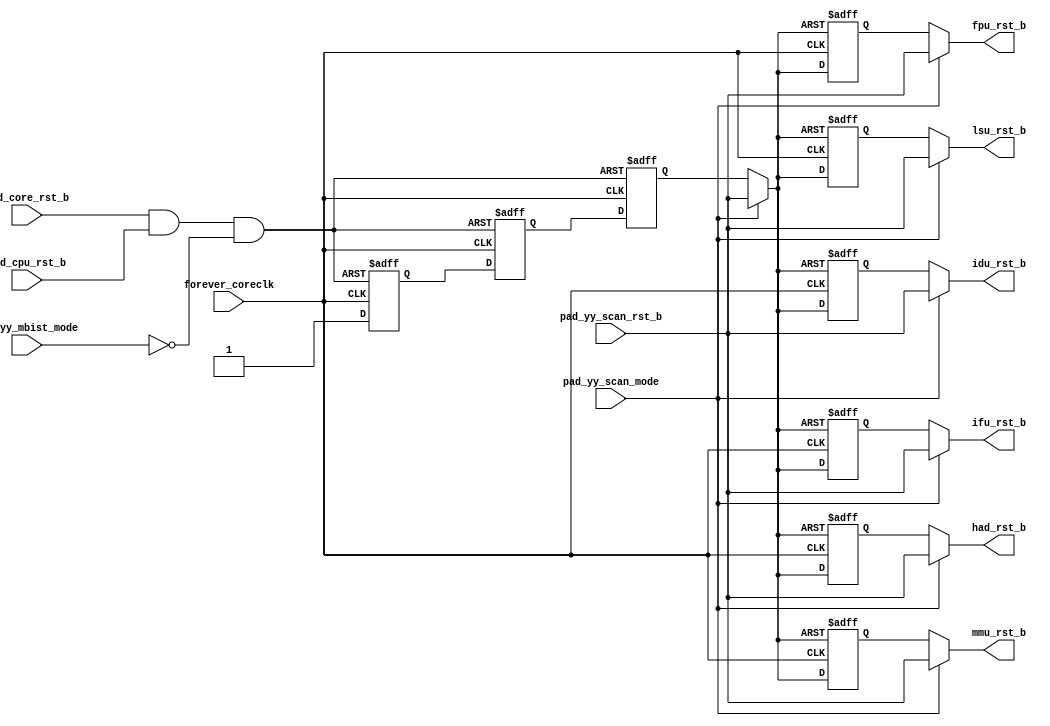
/*Copyright 2019-2021 T-Head Semiconductor Co., Ltd.

Licensed under the Apache License, Version 2.0 (the "License");
you may not use this file except in compliance with the License.
You may obtain a copy of the License at

    http://www.apache.org/licenses/LICENSE-2.0

Unless required by applicable law or agreed to in writing, software
distributed under the License is distributed on an "AS IS" BASIS,
WITHOUT WARRANTIES OR CONDITIONS OF ANY KIND, either express or implied.
See the License for the specific language governing permissions and
limitations under the License.
*/

// &ModuleBeg; @22
module ct_rst_top(
  forever_coreclk,
  fpu_rst_b,
  had_rst_b,
  idu_rst_b,
  ifu_rst_b,
  lsu_rst_b,
  mmu_rst_b,
  pad_core_rst_b,
  pad_cpu_rst_b,
  pad_yy_mbist_mode,
  pad_yy_scan_mode,
  pad_yy_scan_rst_b
);

// &Ports; @23
input        forever_coreclk;  
input        pad_core_rst_b;   
input        pad_cpu_rst_b;    
input        pad_yy_mbist_mode; 
input        pad_yy_scan_mode; 
input        pad_yy_scan_rst_b; 
output       fpu_rst_b;        
output       had_rst_b;        
output       idu_rst_b;        
output       ifu_rst_b;        
output       lsu_rst_b;        
output       mmu_rst_b;        

// &Regs; @24
reg          core_rst_ff_1st;  
reg          core_rst_ff_2nd;  
reg          core_rst_ff_3rd;  
reg          fpurst_b;         
reg          hadrst_b;         
reg          idurst_b;         
reg          ifurst_b;         
reg          lsurst_b;         
reg          mmurst_b;         

// &Wires; @25
wire         async_corerst_b;  
wire         corerst_b;        
wire         forever_coreclk;  
wire         fpu_rst_b;        
wire         had_rst_b;        
wire         idu_rst_b;        
wire         ifu_rst_b;        
wire         lsu_rst_b;        
wire         mmu_rst_b;        
wire         pad_core_rst_b;   
wire         pad_cpu_rst_b;    
wire         pad_yy_mbist_mode; 
wire         pad_yy_scan_mode; 
wire         pad_yy_scan_rst_b; 


//==============================================================================
//cpu reset
//==============================================================================
assign async_corerst_b = pad_core_rst_b & pad_cpu_rst_b & !pad_yy_mbist_mode;

always @(posedge forever_coreclk or negedge async_corerst_b)
begin
  if(!async_corerst_b)
  begin
    core_rst_ff_1st <= 1'b0;
    core_rst_ff_2nd <= 1'b0;
    core_rst_ff_3rd <= 1'b0;
  end
  else
  begin
    core_rst_ff_1st <= 1'b1;
    core_rst_ff_2nd <= core_rst_ff_1st;
    core_rst_ff_3rd <= core_rst_ff_2nd;
  end
end

assign corerst_b =  pad_yy_scan_mode ? pad_yy_scan_rst_b : core_rst_ff_3rd;

always @(posedge forever_coreclk or negedge corerst_b)
begin
  if (!corerst_b)
    ifurst_b <= 1'b0;
  else 
    ifurst_b <= corerst_b;
end

assign ifu_rst_b = pad_yy_scan_mode ? pad_yy_scan_rst_b : ifurst_b;

always @(posedge forever_coreclk or negedge corerst_b)
begin
  if (!corerst_b)
    idurst_b <= 1'b0;
  else 
    idurst_b <= corerst_b;
end

assign idu_rst_b = pad_yy_scan_mode ? pad_yy_scan_rst_b : idurst_b;

always @(posedge forever_coreclk or negedge corerst_b)
begin
  if (!corerst_b)
    lsurst_b <= 1'b0;
  else 
    lsurst_b <= corerst_b;
end

assign lsu_rst_b = pad_yy_scan_mode ? pad_yy_scan_rst_b : lsurst_b;

always @(posedge forever_coreclk or negedge corerst_b)
begin
  if (!corerst_b)
    fpurst_b <= 1'b0;
  else 
    fpurst_b <= corerst_b;
end

assign fpu_rst_b = pad_yy_scan_mode ? pad_yy_scan_rst_b : fpurst_b;

always @(posedge forever_coreclk or negedge corerst_b)
begin
  if (!corerst_b)
    mmurst_b <= 1'b0;
  else 
    mmurst_b <= corerst_b;
end

assign mmu_rst_b = pad_yy_scan_mode ? pad_yy_scan_rst_b : mmurst_b;

always @(posedge forever_coreclk or negedge corerst_b)
begin
  if (!corerst_b)
    hadrst_b <= 1'b0;
  else 
    hadrst_b <= corerst_b;
end

assign had_rst_b = pad_yy_scan_mode ? pad_yy_scan_rst_b : hadrst_b;

// &ModuleEnd; @110
endmodule